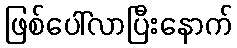
ဖြစ်ပေါ်လာပြီးနောက်